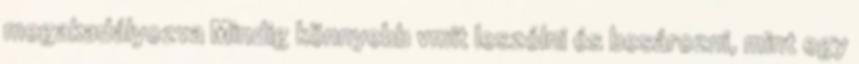
megakadályozva Mindig könnyebb vmit leszólni és besározni, mint egy